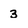
Character: 3